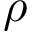
\rho